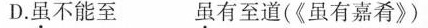
D.虽不能至 虽有至道(《虽有嘉肴》)